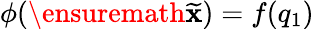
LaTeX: \phi(\ensuremath{{\widetilde{\mathbf{x}}}})=f(q_{1})